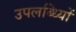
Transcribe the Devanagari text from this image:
उपलब्ध्यिों